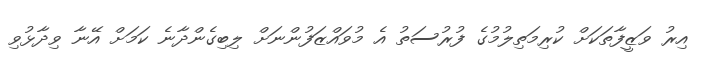
އިރު ވަޒީފާތަކަށް ކުރިމަތިލުމުގެ ފުރުސަތު އެ މުވައްޒަފުންނަށް ލިބިގެންދާނެ ކަމަށް އޭނާ ވިދާޅުވި